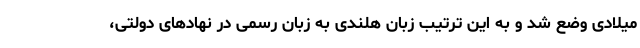
میلادی وضع شد و به این ترتیب زبان هلندی به زبان رسمی در نهادهای دولتی،